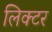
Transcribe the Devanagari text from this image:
लिक्टर